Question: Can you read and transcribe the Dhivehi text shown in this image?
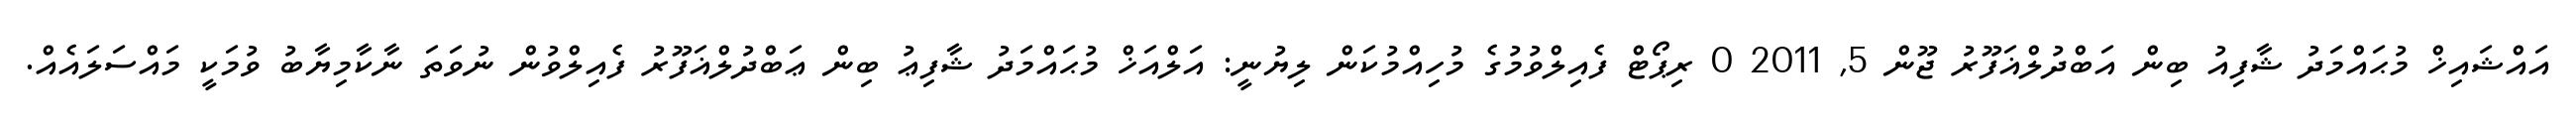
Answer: އައްޝައިޚް މުޙައްމަދު ޝާފިއު ބިން އަބްދުލްޣަފޫރު ޖޫން 5, 2011 0 ރިޕޯޓް ފެއިލްވުމުގެ މުހިއްމުކަން ލިޔުނީ: އަލްއަޚް މުޙައްމަދު ޝާފިޢު ބިން ޢަބްދުލްޣަފޫރު ފެއިލްވުން ނުވަތަ ނާކާމިޔާބު ވުމަކީ މައްސަލައެއް.